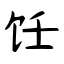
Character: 饪